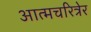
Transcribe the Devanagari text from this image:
आत्मचरित्रेर